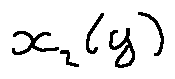
x _ { 2 } ( y )